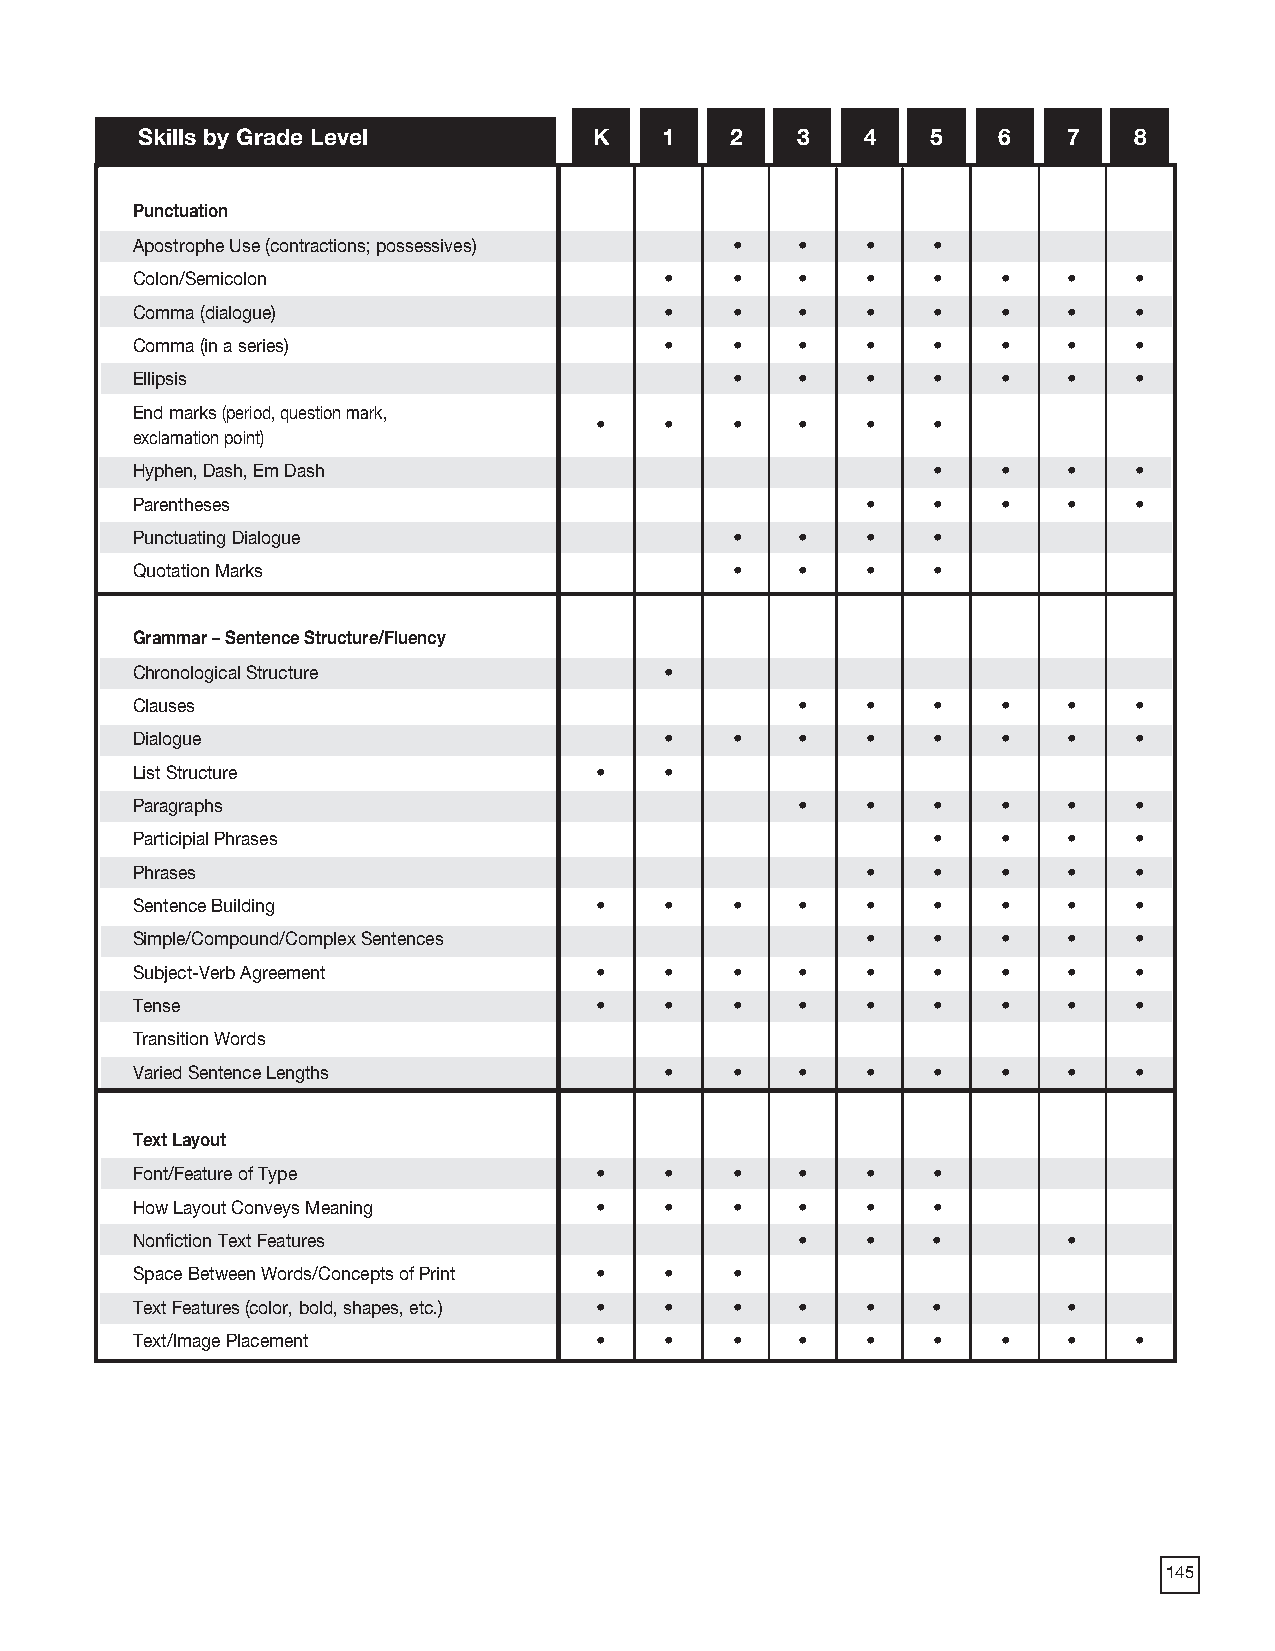
2018 ProdSamp_Layout 1 7/28/17 12:15 PM Page 315
 Skills by Grade Level         K    1   2    3   4    5   6    7   8
 Punctuation
 Apostrophe Use (contractions; possessives) • •  •    •
 Colon/Semicolon                    •   •    •   •    •   •    •   •
 Comma (dialogue)                   •   •    •   •    •   •    •   •
 Comma (in a series)                •   •    •   •    •   •    •   •
 Ellipsis                               •    •   •    •   •    •   •
 End marks (period, question mark,
 •    •   •    •   •    •
 exclamation point)
 Hyphen, Dash, Em Dash                                •   •    •   •
 Parentheses                                     •    •   •    •   •
 Punctuating Dialogue                   •    •   •    •
 Quotation Marks                        •    •   •    •
 Grammar – Sentence Structure/Fluency
 Chronological Structure            •
 Clauses                                     •   •    •   •    •   •
 Dialogue                           •   •    •   •    •   •    •   •
 List Structure                •    •
 Paragraphs                                  •   •    •   •    •   •
 Participial Phrases                                  •   •    •   •
 Phrases                                         •    •   •    •   •
 Sentence Building             •    •   •    •   •    •   •    •   •
 Simple/Compound/Complex Sentences               •    •   •    •   •
 Subject-Verb Agreement        •    •   •    •   •    •   •    •   •
 Tense                         •    •   •    •   •    •   •    •   •
 Transition Words
 Varied Sentence Lengths            •   •    •   •    •   •    •   •
 Text Layout
 Font/Feature of Type          •    •   •    •   •    •
 How Layout Conveys Meaning    •    •   •    •   •    •
 Nonfiction Text Features                    •   •    •        •
 Space Between Words/Concepts of Print • • •
 Text Features (color, bold, shapes, etc.) • • • • •  •        •
 Text/Image Placement          •    •   •    •   •    •   •    •   •
 229
 145